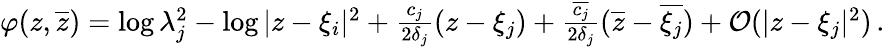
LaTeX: \begin{array}{r}{\varphi(z,\overline{{z}})=\log\lambda_{j}^{2}-\log|z-\xi_{i}|^{2}+{\frac{c_{j}}{2\delta_{j}}}(z-\xi_{j})+{\frac{\overline{{c_{j}}}}{2\delta_{j}}}(\overline{{z}}-\overline{{\xi_{j}}})+\mathcal{O}(|z-\xi_{j}|^{2})\, .}\end{array}